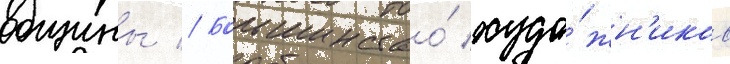
общины // Большинство́ худо́жн'иков